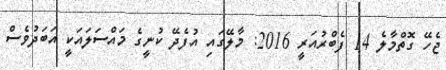
ޖެހޭ ގޮތްމާލެ 14 ފެބްރުއަރީ 2016: މާލޭގައި އުފެދޭ ކުނީގެ މައްސަލައަކީ އަބަދުވެސް